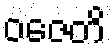
ဝဇေတိ